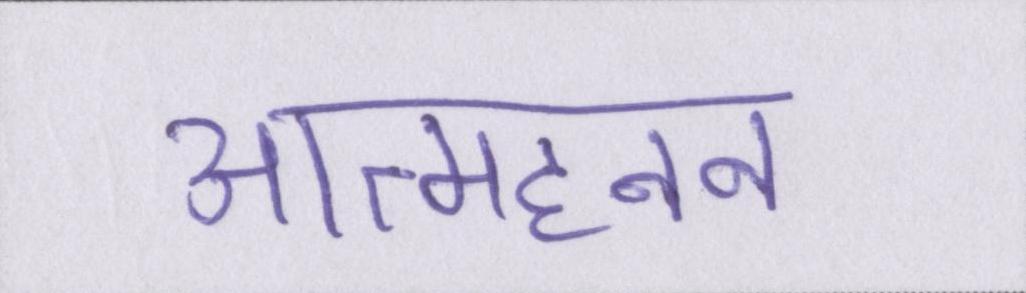
आत्महनन